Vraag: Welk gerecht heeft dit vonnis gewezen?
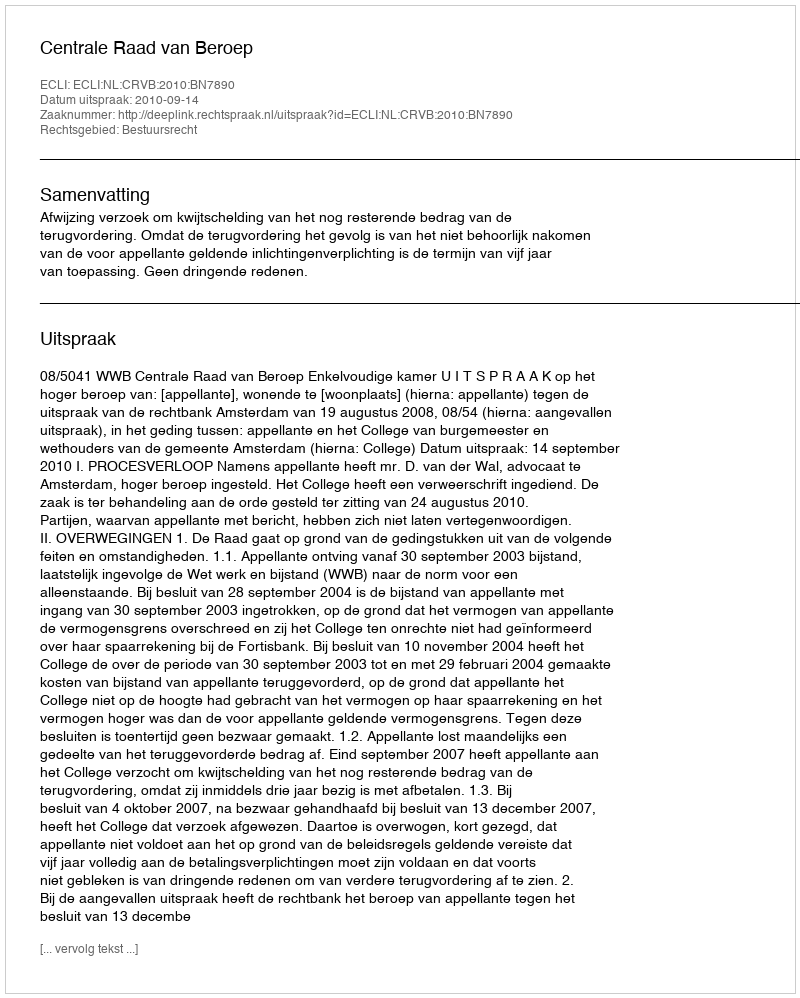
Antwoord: Centrale Raad van Beroep